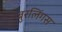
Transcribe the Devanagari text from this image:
बुरलिंगस